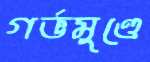
গর্ভমুণ্ডে